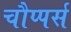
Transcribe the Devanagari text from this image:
चौप्पर्स